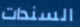
السندات